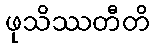
ဖုသိဿတီတိ